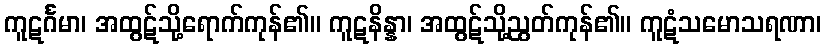
ကူဋင်္ဂမာ၊ အထွဋ်သို့ရောက်ကုန်၏။ ကူဋနိန္နာ၊ အထွဋ်သို့ညွတ်ကုန်၏။ ကူဋံသမောသရဏာ၊